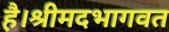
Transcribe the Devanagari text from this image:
है।श्रीमदभागवत